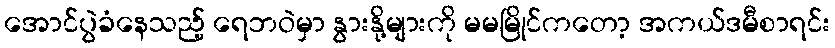
အောင်ပွဲခံနေသည့် ရေဘဝဲမှာ နွားနို့များကို မမမြိုင်ကတော့ အကယ်ဒမီစာရင်း